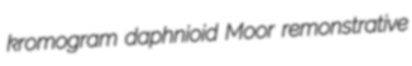
kromogram daphnioid Moor remonstrative